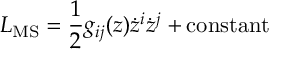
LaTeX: L _ { \mathrm { M S } } = { \frac { 1 } { 2 } } g _ { i j } ( z ) \dot { z } ^ { i } \dot { z } ^ { j } + \mathrm { c o n s t a n t }